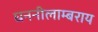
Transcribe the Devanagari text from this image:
घननीलाम्बराय